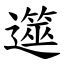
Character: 遾